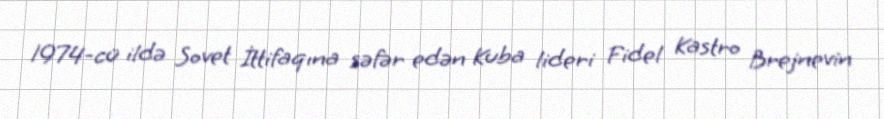
1974-cü ildə Sovet İttifaqına səfər edən Kuba lideri Fidel Kastro Brejnevin